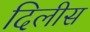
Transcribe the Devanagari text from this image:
दिलीस